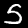
Digit: 5